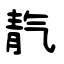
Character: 靔